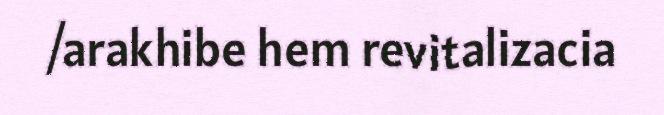
/arakhibe hem revitalizacia